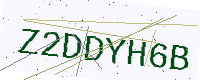
Text: Z2DDYH6B